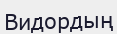
Видордың